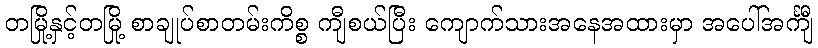
တမြို့နှင့်တမြို့ စာချုပ်စာတမ်းကိစ္စ ကျီစယ်ပြီး ကျောက်သားအနေအထားမှာ အပေါ်အင်္ကျီ